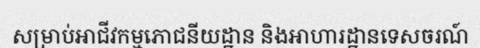
សម្រាប់អាជីវកម្មភោជនីយដ្ឋាន និងអាហារដ្ឋានទេសចរណ៍